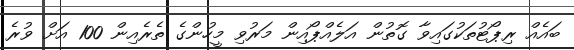
ބައެއް ރިޕޯޓުތަކުގައިވާ ގޮތުން އަލެއްޕޯއިން މަރުވި މީހުންގެ ތެރެއިން 100 އަށް ވުރެ